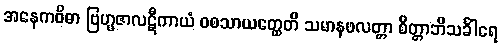
အနေကဝိဓာ ဗြဟ္မဇာလဋီကာယံ ဝစသာယတ္ထေတိ သမာနဖလတ္တာ စိတ္တာဘိသင်္ခါရေ